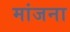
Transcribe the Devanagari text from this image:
मांजना